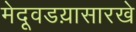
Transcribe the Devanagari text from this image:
मेदूवडय़ासारखे